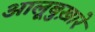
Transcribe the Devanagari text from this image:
आलूबुख़ारे